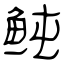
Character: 鲀